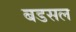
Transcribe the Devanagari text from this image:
बडसल